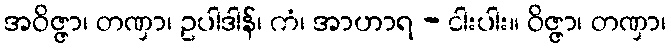
အဝိဇ္ဇာ၊ တဏှာ၊ ဥပါဒါန်၊ ကံ၊ အာဟာရ - ငါးပါး။ ဝိဇ္ဇာ၊ တဏှာ၊